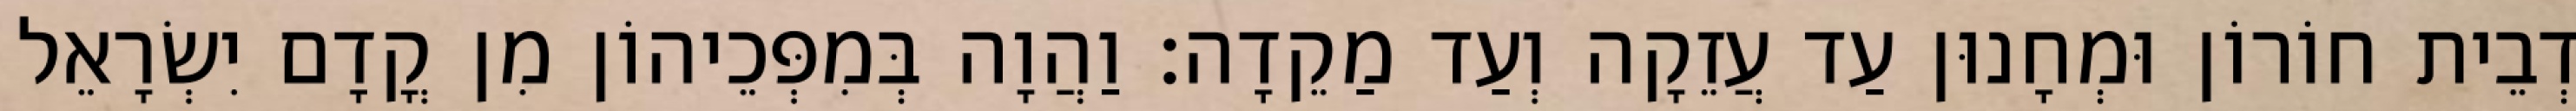
דְבֵית חוֹרוֹן וּמְחָנוּן עַד עֲזֵקָה וְעַד מַקֵדָה׃ וַהֲוָה בְּמִפְּכֵיהוֹן מִן קֳדָם יִשְׂרָאֵל